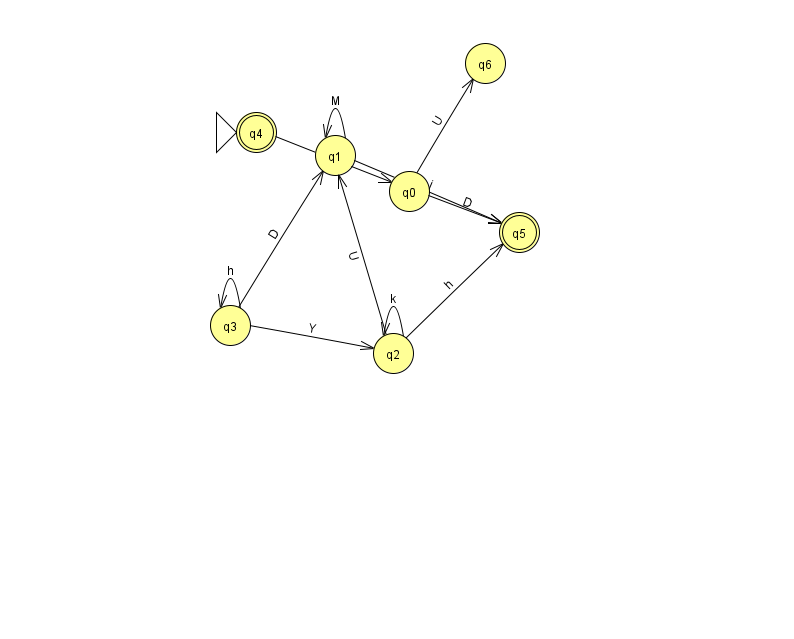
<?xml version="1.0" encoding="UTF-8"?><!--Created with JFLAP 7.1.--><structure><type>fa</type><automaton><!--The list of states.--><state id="0" name="q0"><x>409.0</x><y>178.0</y></state><state id="1" name="q1"><x>335.0</x><y>142.0</y></state><state id="2" name="q2"><x>393.0</x><y>340.0</y></state><state id="3" name="q3"><x>230.0</x><y>312.0</y></state><state id="4" name="q4"><x>256.0</x><y>119.0</y><initial/><final/></state><state id="5" name="q5"><x>519.0</x><y>219.0</y><final/></state><state id="6" name="q6"><x>485.0</x><y>50.0</y></state><!--The list of transitions.--><transition><from>2</from><to>5</to><read>h</read></transition><transition><from>0</from><to>5</to><read>D</read></transition><transition><from>0</from><to>6</to><read>U</read></transition><transition><from>3</from><to>3</to><read>h</read></transition><transition><from>2</from><to>1</to><read>U</read></transition><transition><from>2</from><to>2</to><read>k</read></transition><transition><from>3</from><to>2</to><read>Y</read></transition><transition><from>1</from><to>1</to><read>M</read></transition><transition><from>3</from><to>1</to><read>D</read></transition><transition><from>4</from><to>0</to><read>O</read></transition><transition><from>1</from><to>5</to><read>j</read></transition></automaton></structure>